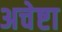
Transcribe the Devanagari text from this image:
अचेष्टा